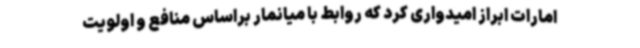
امارات ابراز امیدواری کرد که روابط با میانمار براساس منافع و اولویت